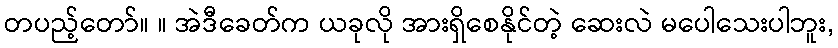
တပည့်တော်။ ။ အဲဒီခေတ်က ယခုလို အားရှိစေနိုင်တဲ့ ဆေးလဲ မပေါသေးပါဘူး,